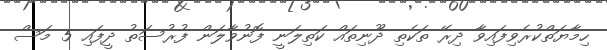
ހިމާޔަތްކުރެވިފައިވާ ދިރޭ ތަކެތި ދޫނިތައް ކަތިލަނީ ފޮނުވާލަން ފުރުސަތު ދީފައި 5 މަސް